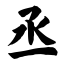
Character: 丞